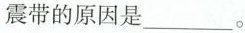
震带的原因是___。